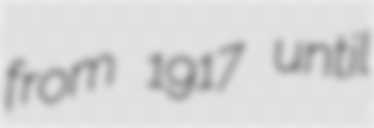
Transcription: from 1917 until